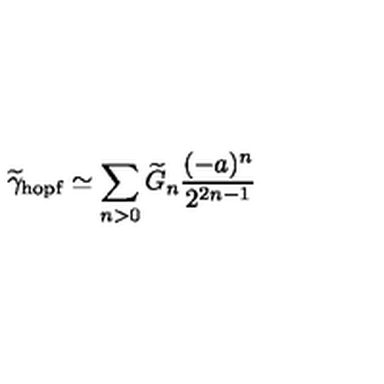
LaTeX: \widetilde \gamma _ { \mathrm { h o p f } } \simeq \sum _ { n > 0 } \widetilde { G } _ { n } { \frac { ( - a ) ^ { n } } { 2 ^ { 2 n - 1 } } }